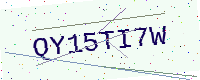
Text: QY15TI7W